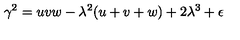
\gamma ^ { 2 } = u v w - \lambda ^ { 2 } ( u + v + w ) + 2 \lambda ^ { 3 } + \epsilon